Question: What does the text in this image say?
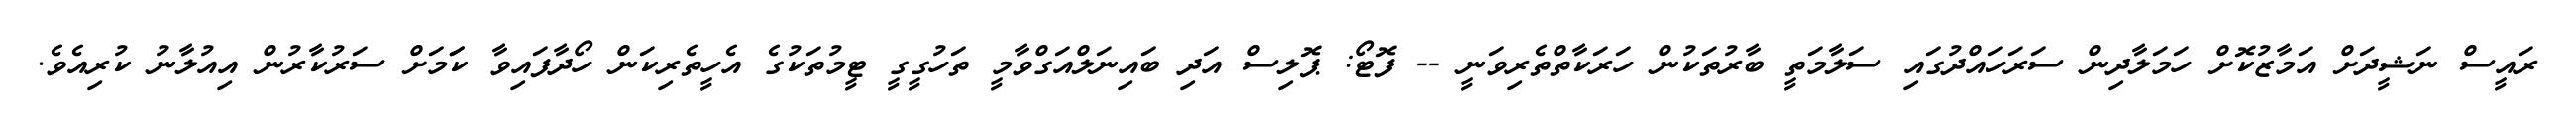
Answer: ރައީސް ނަޝީދަށް އަމާޒުކޮށް ހަމަލާދިން ސަރަހައްދުގައި ސަލާމަތީ ބާރުތަކުން ހަރަކާތްތެރިވަނީ -- ފޮޓޯ: ޕޮލިސް އަދި ބައިނަލްއަގްވާމީ ތަހުގީގީ ޓީމުތަކުގެ އެހީތެރިކަން ހޯދާފައިވާ ކަަމަށް ސަރުކާރުން އިއުލާނު ކުރިއެވެ.